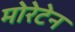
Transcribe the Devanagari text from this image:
मोरेटेन